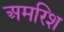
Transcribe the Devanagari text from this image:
अमरिश